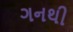
ગનથી